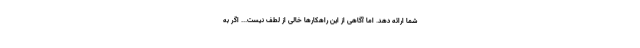
شما ارائه دهد. اما آگاهی از این راهکارها خالی از لطف نیست... اگر به